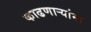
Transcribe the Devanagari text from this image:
काढणाऱ्यांना